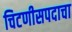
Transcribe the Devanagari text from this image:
चिटणीसपदाचा